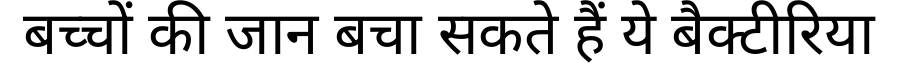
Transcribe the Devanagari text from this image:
बच्चों की जान बचा सकते हैं ये बैक्टीरिया